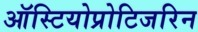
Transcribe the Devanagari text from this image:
ऑस्टियोप्रोटिजरिन